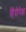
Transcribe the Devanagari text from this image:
हिंदीपेक्षा